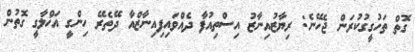
ގޮތް ތަހުގީގުކުރަން ޖެހޭނެ: ރިޔާޒުއިނާޒު އިސްތިއުފާ ދެއްވައިފިއިނާޒްއާ ދޭތެރޭ ހިންގީ އަޚްލާގީ ގޮތުން